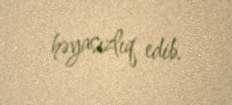
həyasızlıq edib.